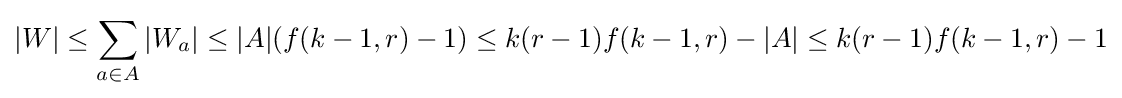
|W|\leq \sum _{a\in A}|W_{a}|\leq |A|(f(k-1,r)-1)\leq k(r-1)f(k-1,r)-|A|\leq k(r-1)f(k-1,r)-1